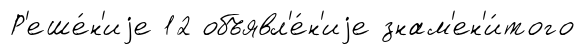
Р'еше́н'иjе 12 объявл'е́н'иjе знам'ен'и́того